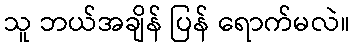
သူ ဘယ်အချိန် ပြန် ရောက်မလဲ။